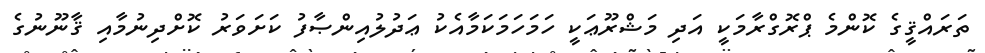
ތަރައްޤީގެ ކޮންމެ ޕްރޮގްރާމަކީ އަދި މަޝްރޫޢަކީ ހަމަހަމަކަމާއެކު ޢަދުލުއިންޞާފު ކަށަވަރު ކޮށްދިނުމާއި ޤާނޫނުގެ